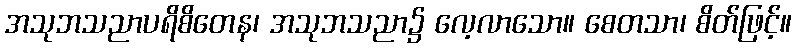
အသုဘသညာပရိစိတေန၊ အသုဘသညာ၌ လေ့လာသော။ စေတသာ၊ စိတ်ဖြင့်။